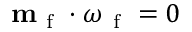
\mathbf { m } _ { \mathrm { ~ f ~ } } \cdot \boldsymbol { \omega } _ { \mathrm { ~ f ~ } } = 0